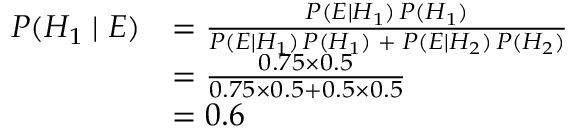
{ \begin{array} { r l } { P ( H _ { 1 } \mid E ) } & { = { \frac { P ( E \mid H _ { 1 } ) \, P ( H _ { 1 } ) } { P ( E \mid H _ { 1 } ) \, P ( H _ { 1 } ) \; + \; P ( E \mid H _ { 2 } ) \, P ( H _ { 2 } ) } } } \\ { \ } & { = { \frac { 0 . 7 5 \times 0 . 5 } { 0 . 7 5 \times 0 . 5 + 0 . 5 \times 0 . 5 } } } \\ { \ } & { = 0 . 6 } \end{array} }